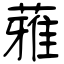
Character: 蕥